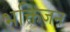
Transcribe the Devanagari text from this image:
भक्तिजन